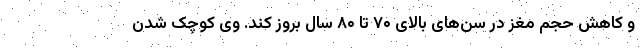
و کاهش حجم مغز در سن‌های بالای ۷۰ تا ۸۰ سال بروز کند. وی کوچک شدن